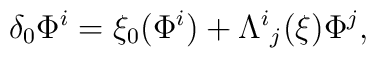
\delta_0\Phi^i=\xi_0(\Phi^i)+\Lambda^{i}{}_{j}(\xi)\Phi^j,